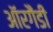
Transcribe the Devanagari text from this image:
ऑरगैंडी